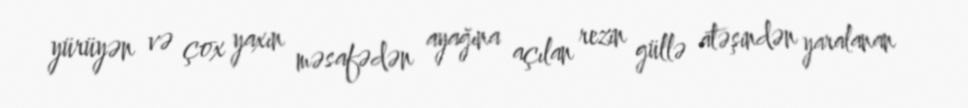
yürüyən və çox yaxın məsafədən ayağına açılan rezin güllə atəşindən yaralanan